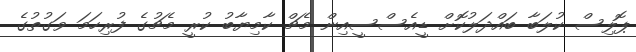
ޕޮލިސް ކުލަބާ ބައްދަލުކޮށް ޑީއެސްސީއިން މެޗް ކާމިޔާބު ކުރީ މެޗުގެ ފުރިހަމަ ވަގުތުގެ